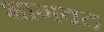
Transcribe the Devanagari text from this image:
भागवद